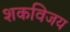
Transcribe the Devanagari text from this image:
शकविजय